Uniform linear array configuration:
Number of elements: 48
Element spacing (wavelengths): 0.5
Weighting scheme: hamming
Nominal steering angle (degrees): -15
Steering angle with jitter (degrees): -13.114
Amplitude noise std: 0.05
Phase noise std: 0.05

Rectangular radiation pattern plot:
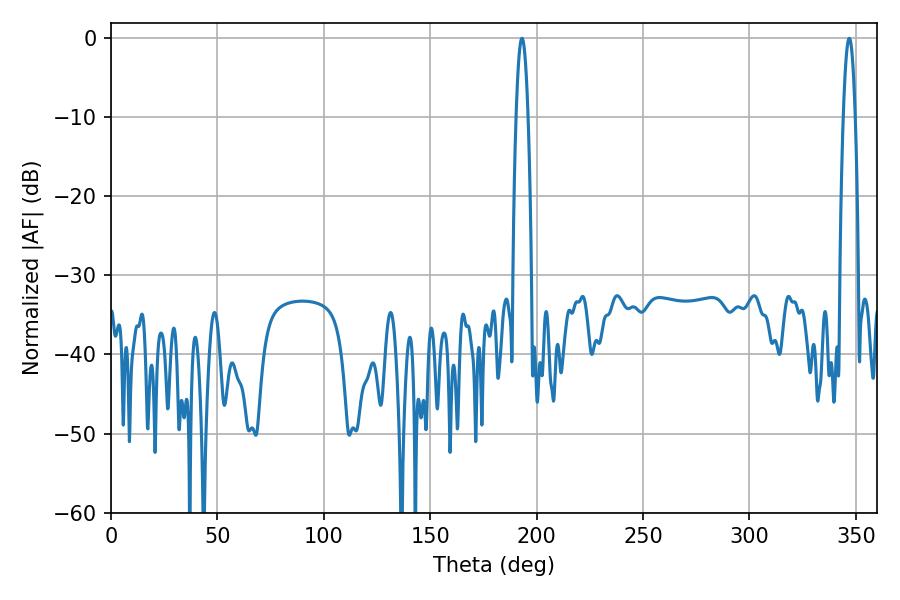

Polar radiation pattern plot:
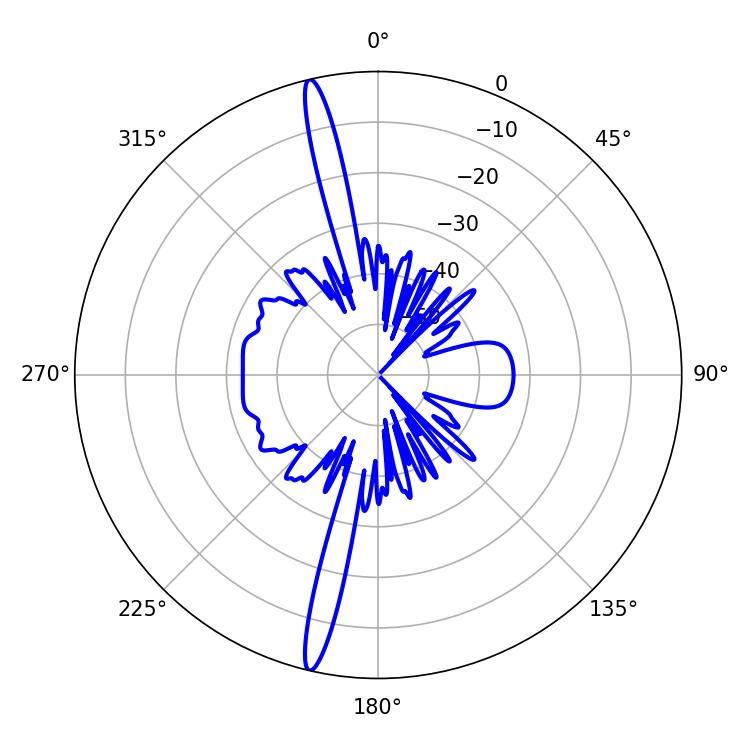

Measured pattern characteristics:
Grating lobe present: FALSE
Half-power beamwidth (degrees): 3.06
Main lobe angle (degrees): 193.14